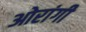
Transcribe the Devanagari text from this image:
ओरांगी